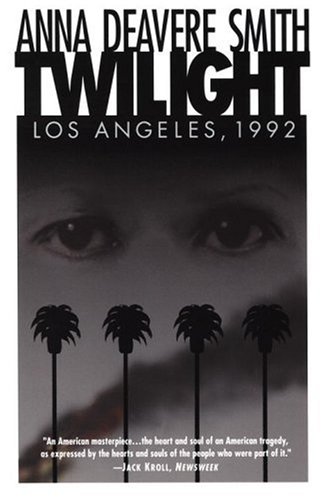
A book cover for Twilight: Los Angeles, 1992; Anna Deavere Smith; Literature & Fiction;